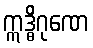
ဣဒ္ဓိဂုဏေ